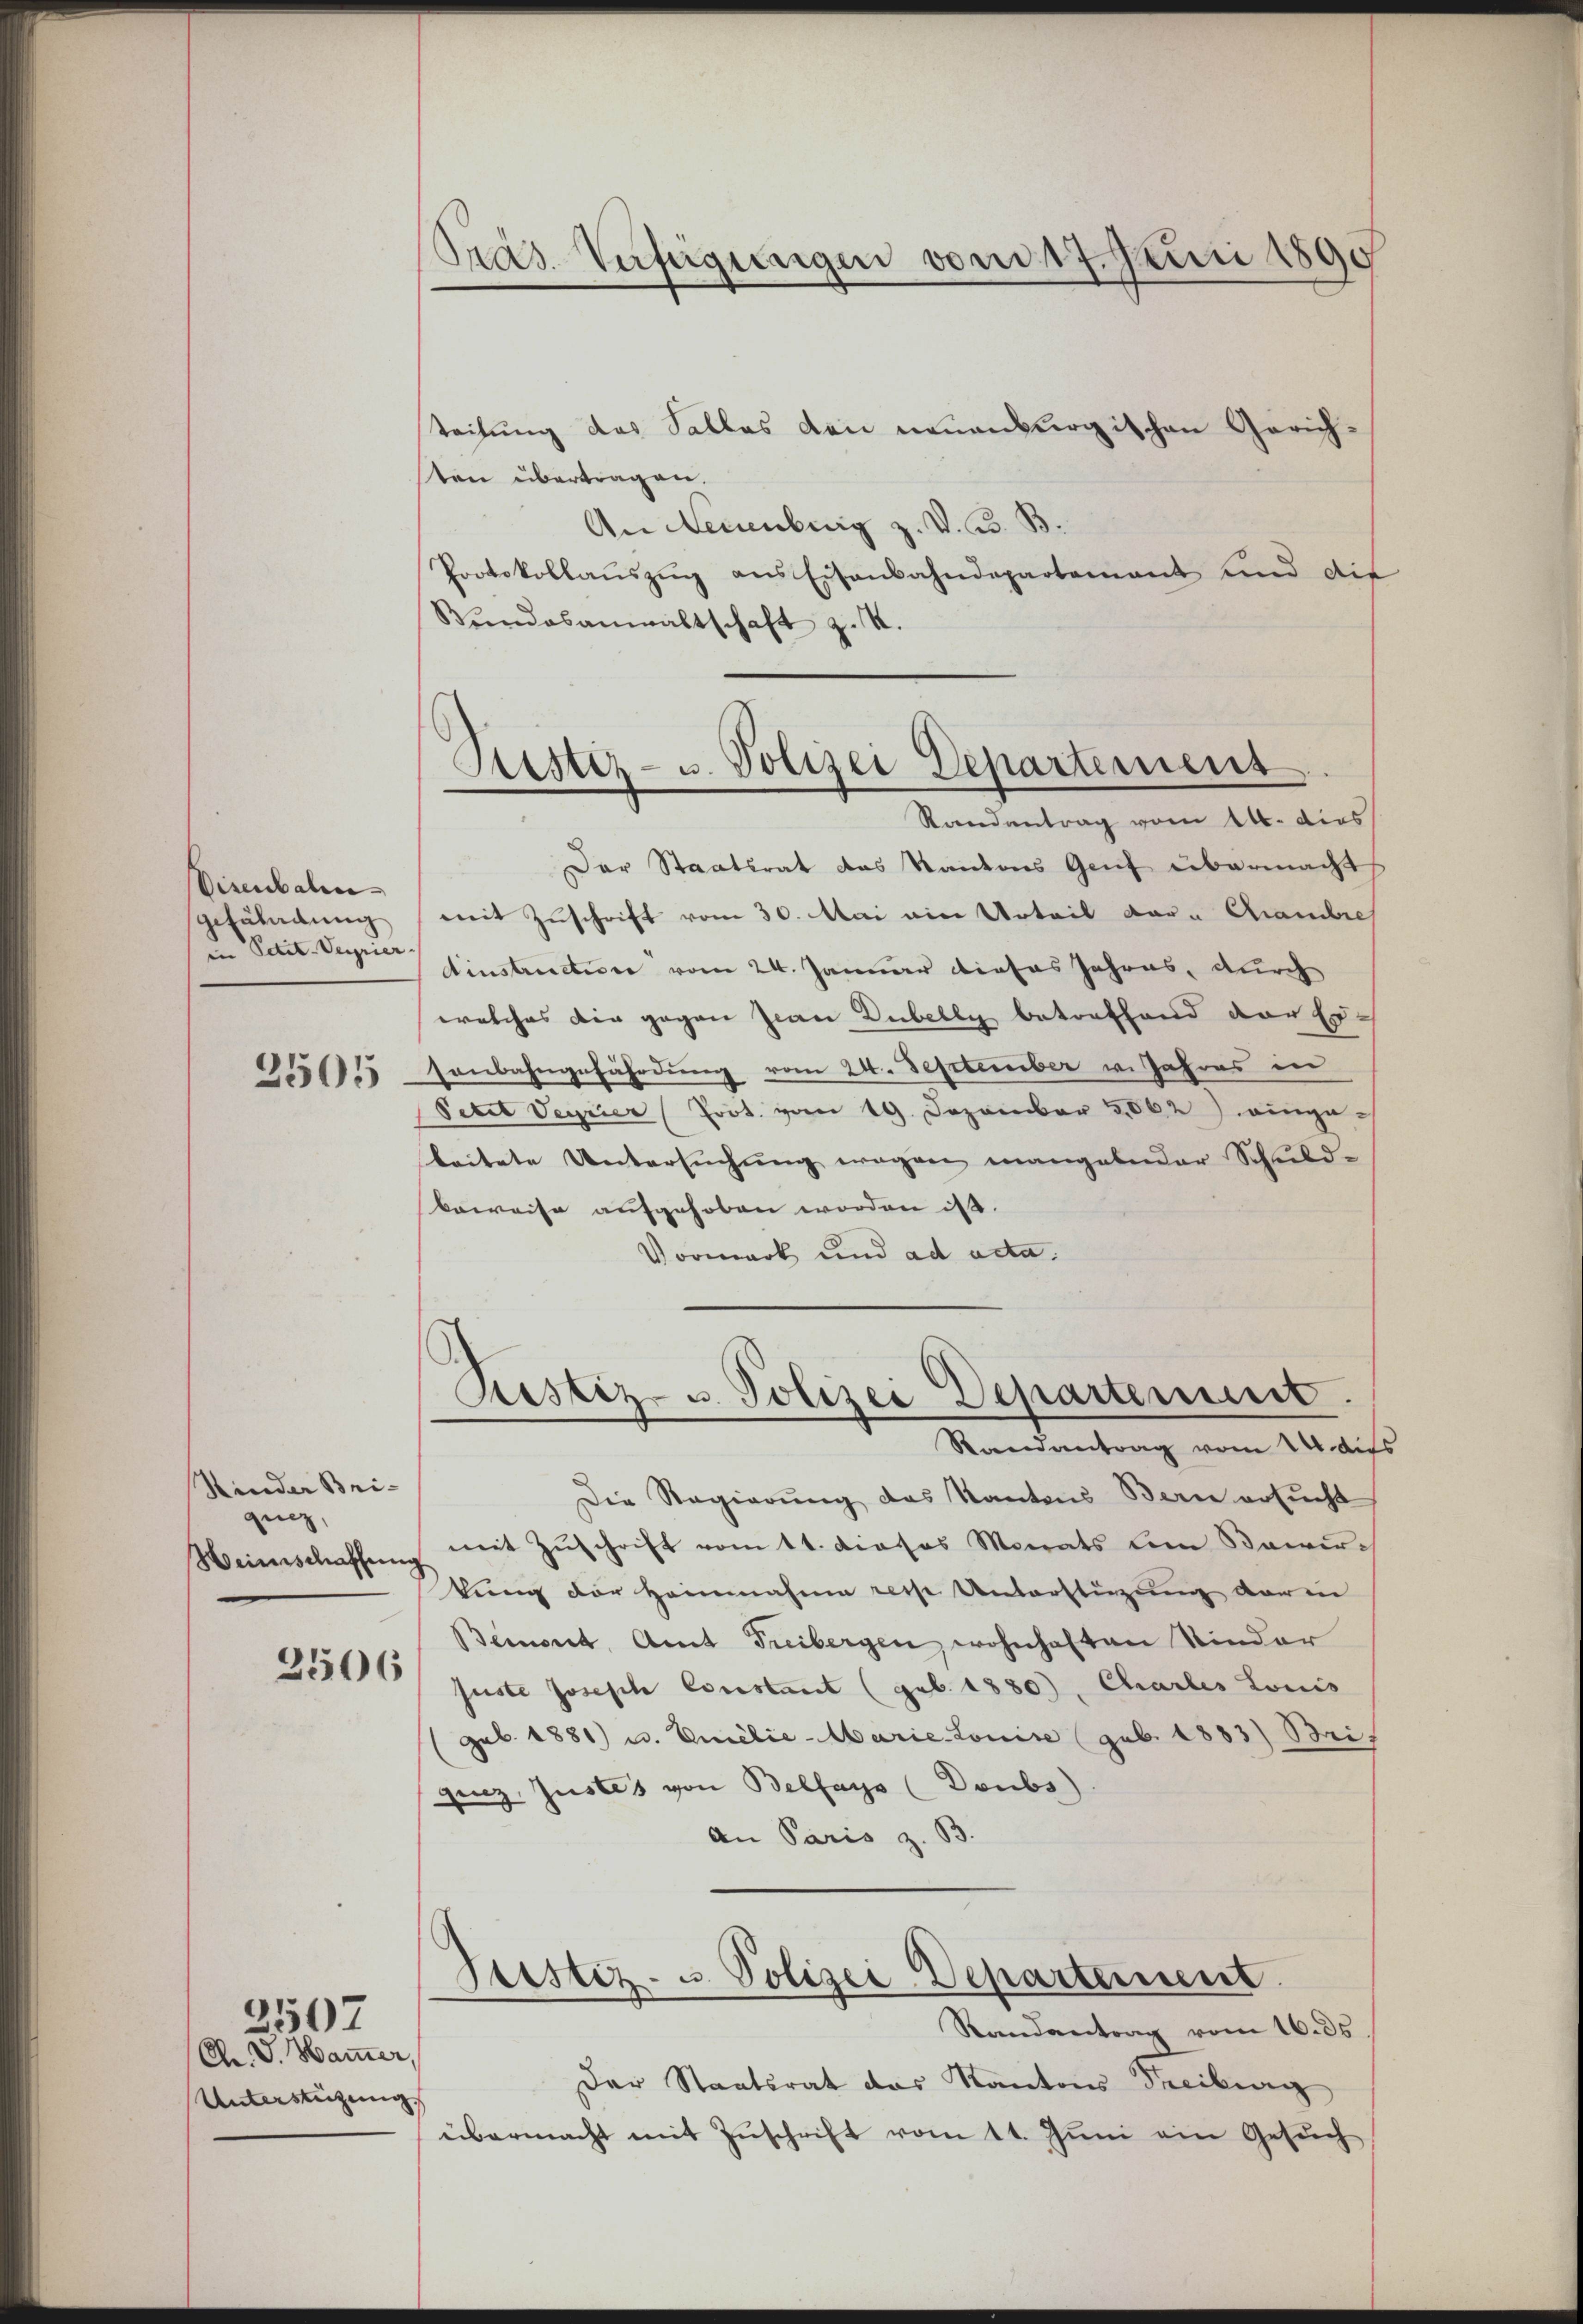
Visenbali
gefährdung
in Petit-Vergrier- |
2505

Kinder Bri-
qunz,
Weinschaffung
2506

An V. Hammer,
Unterstüzung

2507

Pras. Aufeigungen vom 17. Juni 1890

teilung des Salles den neuenburgischen Gerichten übertragen.
An Neuenburg z. V. B. B.
Protokollaŭszŭg ans Eisenbahndepartement und die
Bŭndesanwaltschaft z. K.
Der Staatsrat das Kantons Genf übermacht
mit Zuschrift vom 30. Mai ein Urteil dar. Chambre
Ainstructione vom 24. Januar dieses Jahres, durch
welches die gegen Jean Dübelly betreffend der Ersenbahngefährdung vom 24. September v. Jahres in
Petit Terrier (Prot. vom 19. Dezember 3,662) einge-
leitete Untersŭchŭng wegen mangelnder Schŭld-
beweise aufgehoben worden ist.
Vormark und ad acta.
Pustiz- u. Polizei Departement.
Randantrag vom 14. Aus
Die Regierŭng des Kantons Bern ersŭcht
mit Zuschrift vom 11. dieses Monats dem Bewirkung der Heinnahme resp Unterstüzung darin
Bemort, Amt Freibergen wohnhaften Sinder
suste Joseph Constant (geb. 1880), Charles Louis
geb. 1881) u. Emilie - Marie Louise (geb. 1883) Bri
genz, Zustes von Belfays (Doubs).
An Paris z. B.
Justiz- u. Polizei Departement
Randantrag vom 16. 35
Der Staatsrat des Kantons Treiburg
übermacht mit Zŭschrift vom 11. Jŭni ein Gesŭch

)
Astiz- u. Polizei Departement
Randantrag vom 14. dies